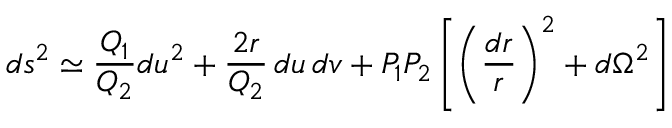
d s ^ { 2 } \simeq { \frac { Q _ { 1 } } { Q _ { 2 } } } d u ^ { 2 } + { \frac { 2 r } { Q _ { 2 } } } \, d u \, d v + P _ { 1 } P _ { 2 } \left[ \left( { \frac { d r } { r } } \right) ^ { 2 } + d \Omega ^ { 2 } \right]